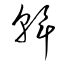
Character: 幹